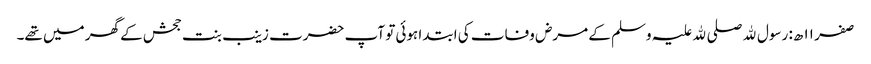
صفر ۱۱ ھ: رسول ﷲ صلی ﷲ علیہ وسلم کے مرض وفات کی ابتدا ہوئی تو آپ حضرت زینب بنت جحش کے گھر میں تھے۔